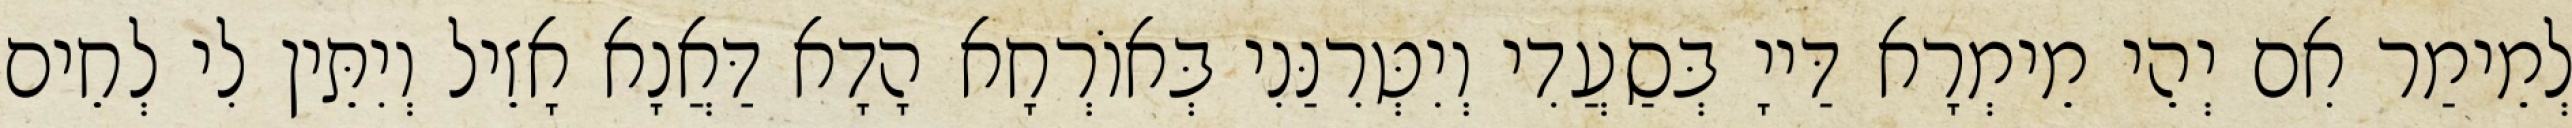
לְמֵימַר אִם יְהֵי מֵימְרָא דַּייָ בְּסַעֲדִי וְיִטְּרִנַּנִי בְּאוֹרְחָא הָדָא דַּאֲנָא אָזֵיל וְיִתֵּין לִי לְחֵים